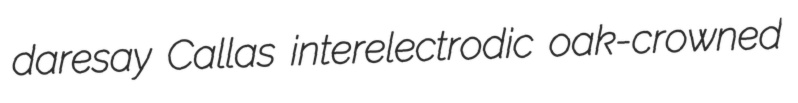
daresay Callas interelectrodic oak-crowned